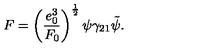
F = \left( \frac { e _ { 0 } ^ { 3 } } { F _ { 0 } } \right) ^ { \frac { 1 } { 2 } } \psi \gamma _ { 2 1 } \tilde { \psi } .